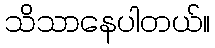
သိသာနေပါတယ်။